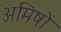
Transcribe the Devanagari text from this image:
अमिषों